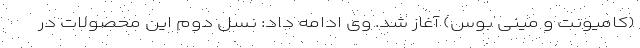
(کامیونت و مینی بوس) آغاز شد. وی ادامه داد: نسل دوم این محصولات در